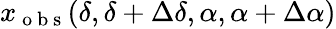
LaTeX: x_{\mathrm{~o~b~s~}}(\delta,\delta+\Delta\delta,\alpha,\alpha+\Delta\alpha)